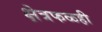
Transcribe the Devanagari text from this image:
क्षेत्रफळही